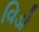
વિડો